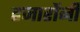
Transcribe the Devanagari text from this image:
हजारोंनी